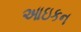
આઇકન